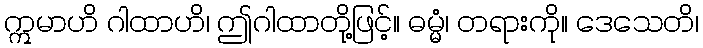
ဣမာဟိ ဂါထာဟိ၊ ဤဂါထာတို့ဖြင့်။ ဓမ္မံ၊ တရားကို။ ဒေသေတိ၊